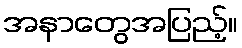
အနာတွေအပြည့်။